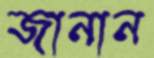
জানান